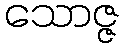
သောဇ္ဇ